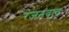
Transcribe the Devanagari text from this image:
रंजनवाद